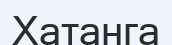
Хатанга